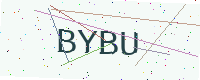
Text: BYBU